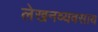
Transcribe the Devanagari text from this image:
लेखनव्यवसाय